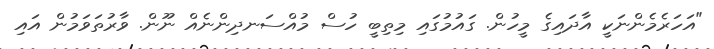
"އަހަރެމެންނަކީ އާދައިގެ މީހުން. ގައުމުގައި މިތިބީ ހުސް މުއްސަނދިންނެއް ނޫން. ވާރުތަވަމުން އައި